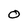
Character: O